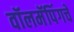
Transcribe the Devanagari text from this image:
वॉलमॅपिंगचे